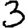
Digit: 3